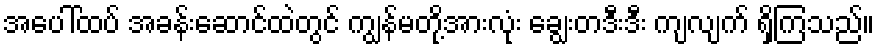
အပေါ်ထပ် အခန်းဆောင်ထဲတွင် ကျွန်မတို့အားလုံး ချွေးတဒီးဒီး ကျလျက် ရှိကြသည်။